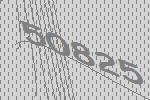
50825